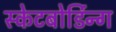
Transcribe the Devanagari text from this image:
स्केटबोर्डिन्ग